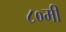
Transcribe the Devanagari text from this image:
८०मी